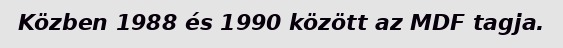
Közben 1988 és 1990 között az MDF tagja.